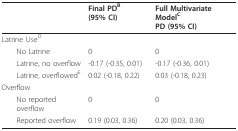
|  | Final PDB (95% CI) | Full Multivariate ModelCPD (95% CI) |
 | --- | --- | --- |
 | Latrine UseD |  |  |
 | No Latrine | 0 | 0 |
 | Latrine, no overflow | -0.17 (-0.35, 0.01) | -0.17 (-0.36, 0.01) |
 | Latrine, overflowedE | 0.02 (-0.18, 0.22) | 0.03 (-0.18, 0.23) |
 | Overflow |  |  |
 | No reported overflow | 0 | 0 |
 | Reported overflow | 0.19 (0.03, 0.36) | 0.20 (0.03, 0.36) |